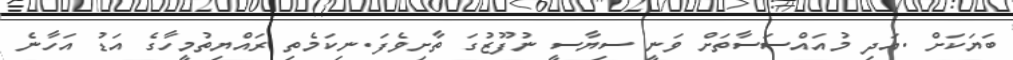
ބަޔަކަށް .އަދި މުއައްސަސާތަށް ވަނީ ސިޔާސީ ނުފޫޒުގަ ތާށިވެފަ.ނިކަމެތި ރައްޔިތުމީހާގެ އަޑު އަހާނެ